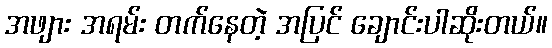
အဖျား အရမ်း တက်နေတဲ့ အပြင် ချောင်းပါဆိုးတယ်။